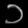
Digit: ၁